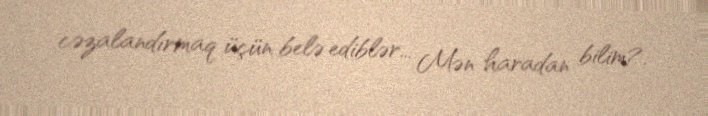
cəzalandırmaq üçün belə ediblər... Mən haradan bilim?.